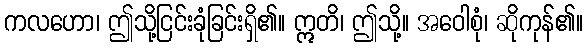
ကလဟော၊ ဤသို့ငြင်းခုံခြင်းရှိ၏။ ဣတိ၊ ဤသို့။ အဝေါစုံ၊ ဆိုကုန်၏။